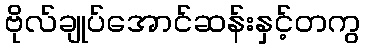
ဗိုလ်ချုပ်အောင်ဆန်းနှင့်တကွ